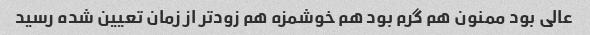
عالی بود ممنون هم گرم بود هم خوشمزه هم زودتر از زمان تعیین شده رسید